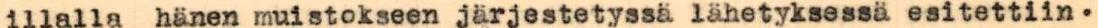
illalla hänen muistokseen järjestetyssä lähetyksessä esitettiin.